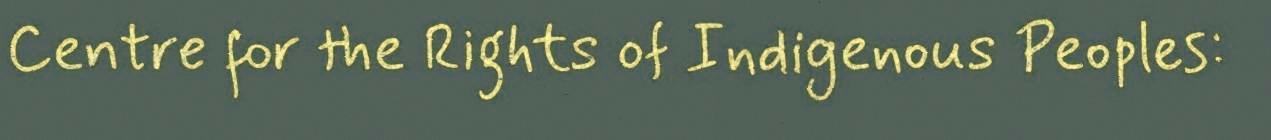
Centre for the Rights of Indigenous Peoples: